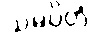
သမပ္ပိတံ